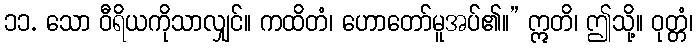
၁၁. သော ဝီရိယကိုသာလျှင်။ ကထိတံ၊ ဟောတော်မူအပ်၏။” ဣတိ၊ ဤသို့။ ဝုတ္တံ၊